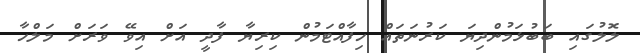
ލޮލުގައި ބަބުޅަމުންދިޔަ ކަރުނަތައް ހިފާއްޓަމުން ކިރިޔާ ފާދީ އަށް އިވޭ ވަރަށް މަލްހާ